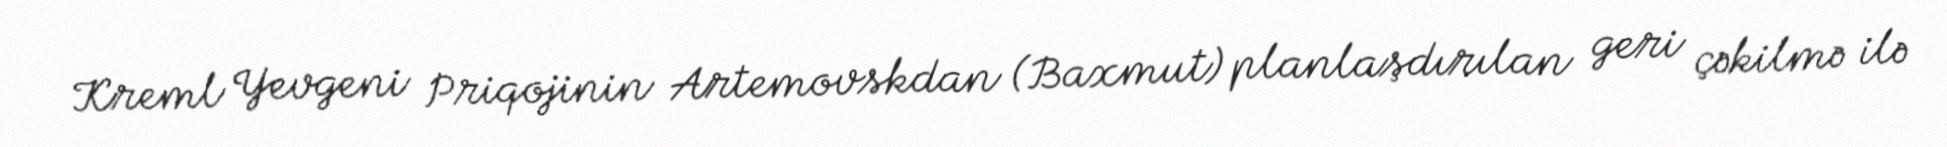
Kreml Yevgeni Priqojinin Artemovskdan (Baxmut) planlaşdırılan geri çəkilmə ilə